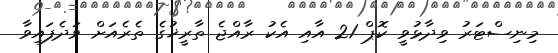
މިނިސްޓަރު ވިދާޅުވީ ކޮޕް 21 އާއި އެކު ރާއްޖެ ތާރީޚުގެ ތެރެއަށް ވަދެފައިވާ